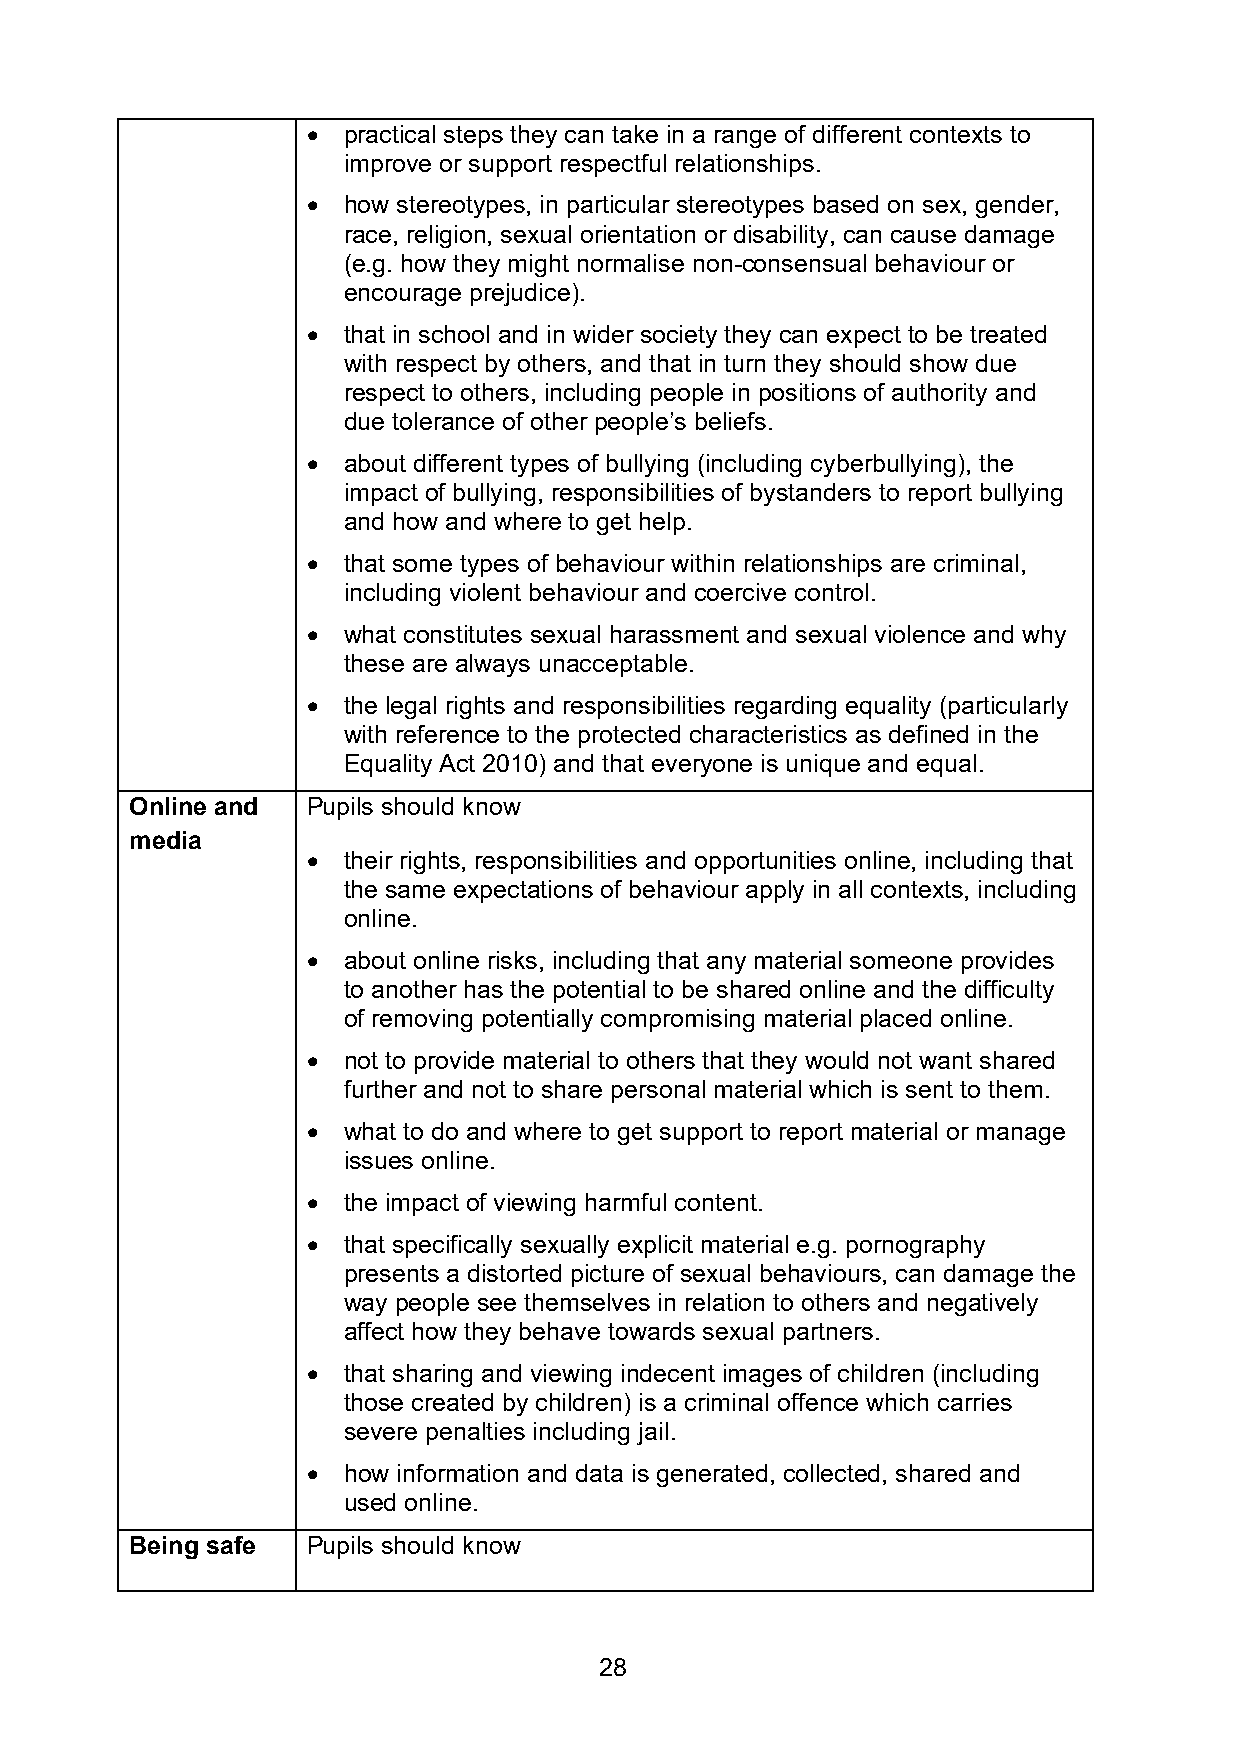
•  practical steps they can take in a range of different contexts to
 improve or support respectful relationships.
 •  how stereotypes, in particular stereotypes based on sex, gender,
 race, religion, sexual orientation or disability, can cause damage
 (e.g. how they might normalise non-consensual behaviour or
 encourage prejudice).
 •  that in school and in wider society they can expect to be treated
 with respect by others, and that in turn they should show due
 respect to others, including people in positions of authority and
 due tolerance of other people’s beliefs.
 •  about different types of bullying (including cyberbullying), the
 impact of bullying, responsibilities of bystanders to report bullying
 and how and where to get help.
 •  that some types of behaviour within relationships are criminal,
 including violent behaviour and coercive control.
 •  what constitutes sexual harassment and sexual violence and why
 these are always unacceptable.
 •  the legal rights and responsibilities regarding equality (particularly
 with reference to the protected characteristics as defined in the
 Equality Act 2010) and that everyone is unique and equal.
 Online and Pupils should know
 media
 •  their rights, responsibilities and opportunities online, including that
 the same expectations of behaviour apply in all contexts, including
 online.
 •  about online risks, including that any material someone provides
 to another has the potential to be shared online and the difficulty
 of removing potentially compromising material placed online.
 •  not to provide material to others that they would not want shared
 further and not to share personal material which is sent to them.
 •  what to do and where to get support to report material or manage
 issues online.
 •  the impact of viewing harmful content.
 •  that specifically sexually explicit material e.g. pornography
 presents a distorted picture of sexual behaviours, can damage the
 way people see themselves in relation to others and negatively
 affect how they behave towards sexual partners.
 •  that sharing and viewing indecent images of children (including
 those created by children) is a criminal offence which carries
 severe penalties including jail.
 •  how information and data is generated, collected, shared and
 used online.
 Being safe Pupils should know
 28